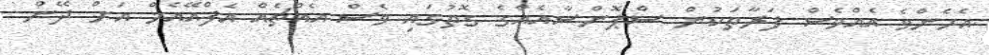
އެހެންވެ އެއްވެސް ފަރާތަކުން ސްޕޮންސާއެއްގެ ގޮތުގައި ވެސް އެއްޗެއް އެފްއޭއެމް އަށް ދޭން